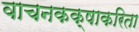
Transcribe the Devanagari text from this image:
वाचनकक्षाकरिता